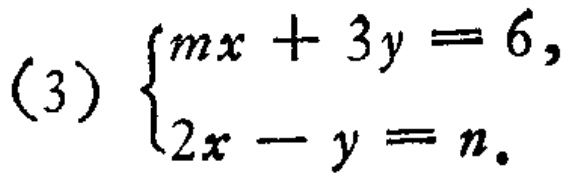
(3) $\begin{cases}mx + 3y = 6,\\2x - y = n.\end{cases}$